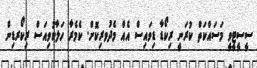
ސީސީޓީވީ މަސައްކަތް ކުރަނީ ރިކޯޑާ ޑިވައިސް އެއް މެދުވރިކޮށް. ކެމެރާ ހަލާކުވިއަސް ރިކޯރޑިން